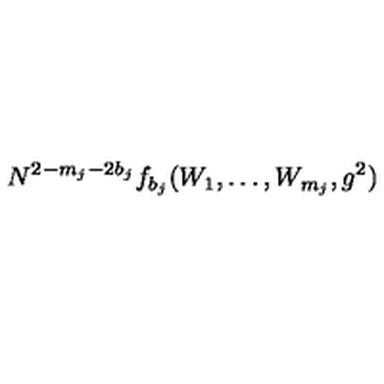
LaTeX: N ^ { 2 - m _ { j } - 2 b _ { j } } f _ { b _ { j } } ( W _ { 1 } , \ldots , W _ { m _ { j } } , g ^ { 2 } )